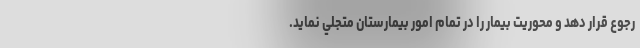
رجوع قرار دهد و محوريت بيمار را در تمام امور بيمارستان متجلي نمايد.